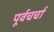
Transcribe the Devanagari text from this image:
पूर्वचर्चा